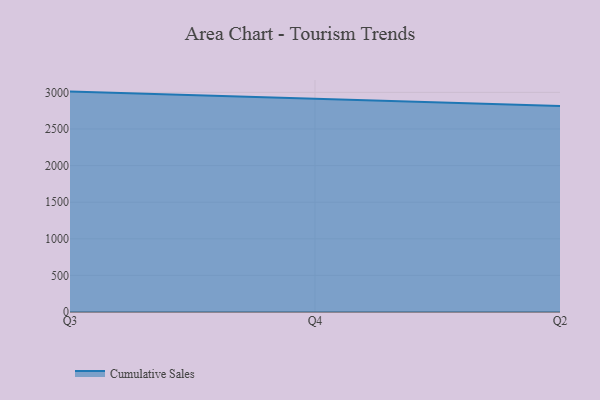
{"axis": {"x": "Quarter", "y": "Waste Production (Tons)"}, "legend": ["Cumulative Sales"], "data": [{"x": "Q3", "y": 3010.6, "type": "Cumulative Sales"}, {"x": "Q4", "y": 2912.1, "type": "Cumulative Sales"}, {"x": "Q2", "y": 2812.4, "type": "Cumulative Sales"}]}